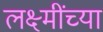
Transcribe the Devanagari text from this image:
लक्ष्मींच्या